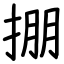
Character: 掤